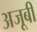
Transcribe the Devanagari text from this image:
अजूबी